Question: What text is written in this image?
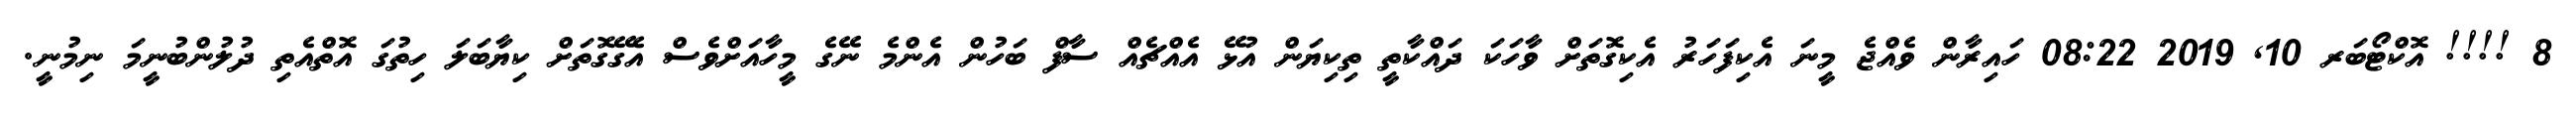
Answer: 8 !!!! އޮކްޓޯބަރ 10, 2019 08:22 ހައިރާން ވެއްޖެ މީނަ އެކިފަހަރު އެކިގޮތަށް ވާހަކަ ދައްކާތީ ތިކިޔަން އުޅޭ އެއްޗެއް ސާފް ބަހުން އެންމެ ނޭގެ މީހާއަށްވެސް އެގޭގޮތަށް ކިޔާބަލަ ހިތުގަ އޮތްއެތި ދުލުންބުނީމަ ނިމުނީ.